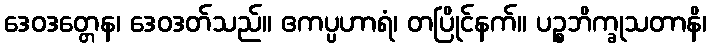
ဒေဝဒတ္တေန၊ ဒေဝဒတ်သည်။ ဧကပ္ပဟာရံ၊ တပြိုင်နက်။ ပဉ္စဘိက္ခုသတာနိ၊